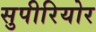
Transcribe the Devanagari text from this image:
सुपीरियोर